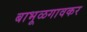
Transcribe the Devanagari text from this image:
बाभूळगावकर